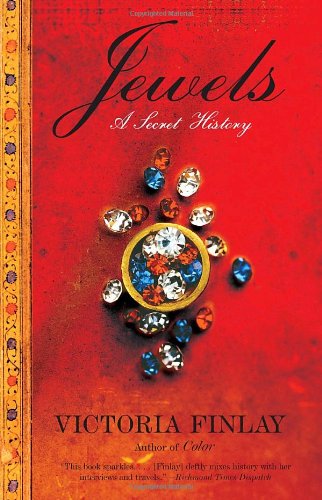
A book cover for Jewels: A Secret History; Victoria Finlay; Science & Math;